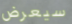
سيعرض